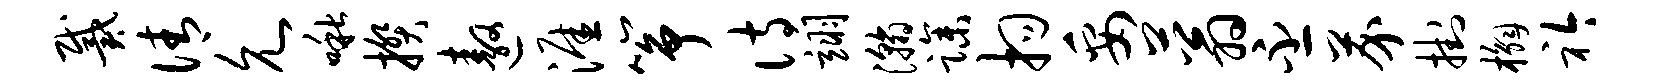
戴倩允啾揆遨涯筝诗翊瀚躁拘妥蓊丕芥挂槲衿